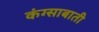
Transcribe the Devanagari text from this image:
कंग्साबाती